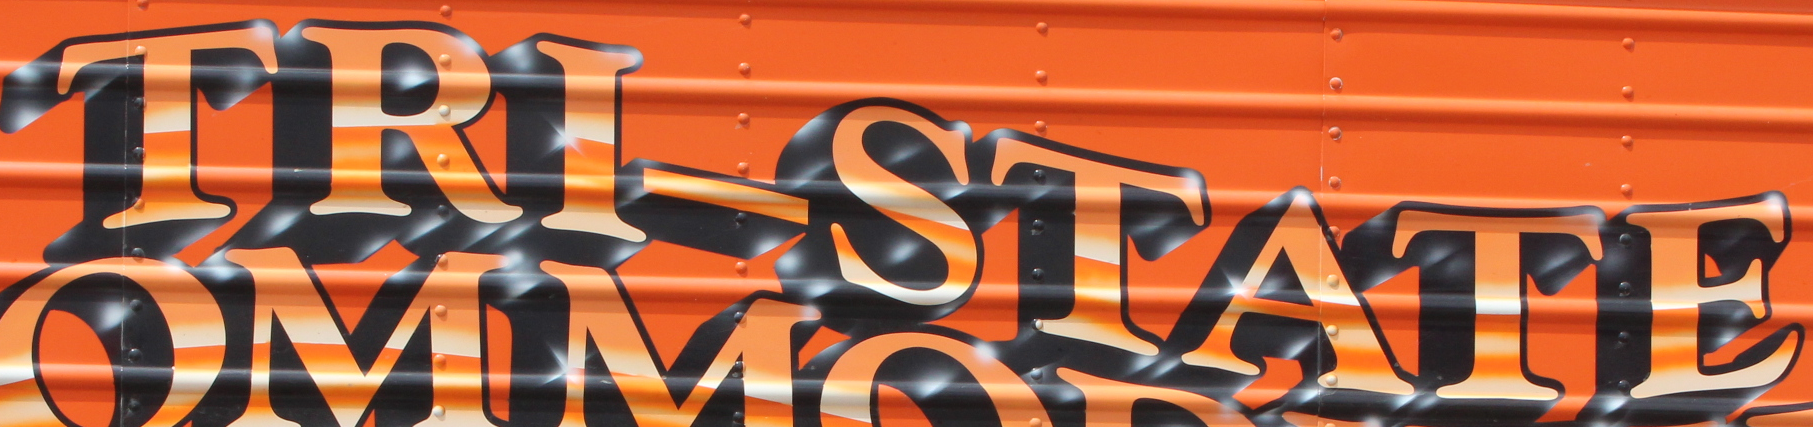
TRI-STATE